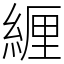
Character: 緾